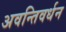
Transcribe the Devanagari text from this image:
अवन्तिवर्धन